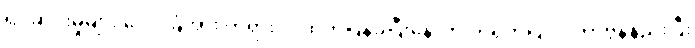
ရပ်ဆိုင်းမှုများ ပေါင်ခြံအား တရားဝင်ထုတ်ပြန်ခဲ့ပြီးနောက် တရုတ်ပြင်ပ ကာဗွန်နည်းပြီး